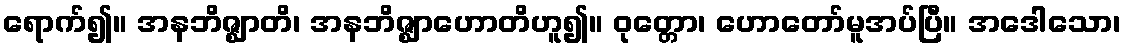
ရောက်၍။ အနဘိဇ္ဈာတိ၊ အနဘိဇ္ဈာဟောတိဟူ၍။ ဝုတ္တော၊ ဟောတော်မူအပ်ပြီ။ အဒေါသော၊